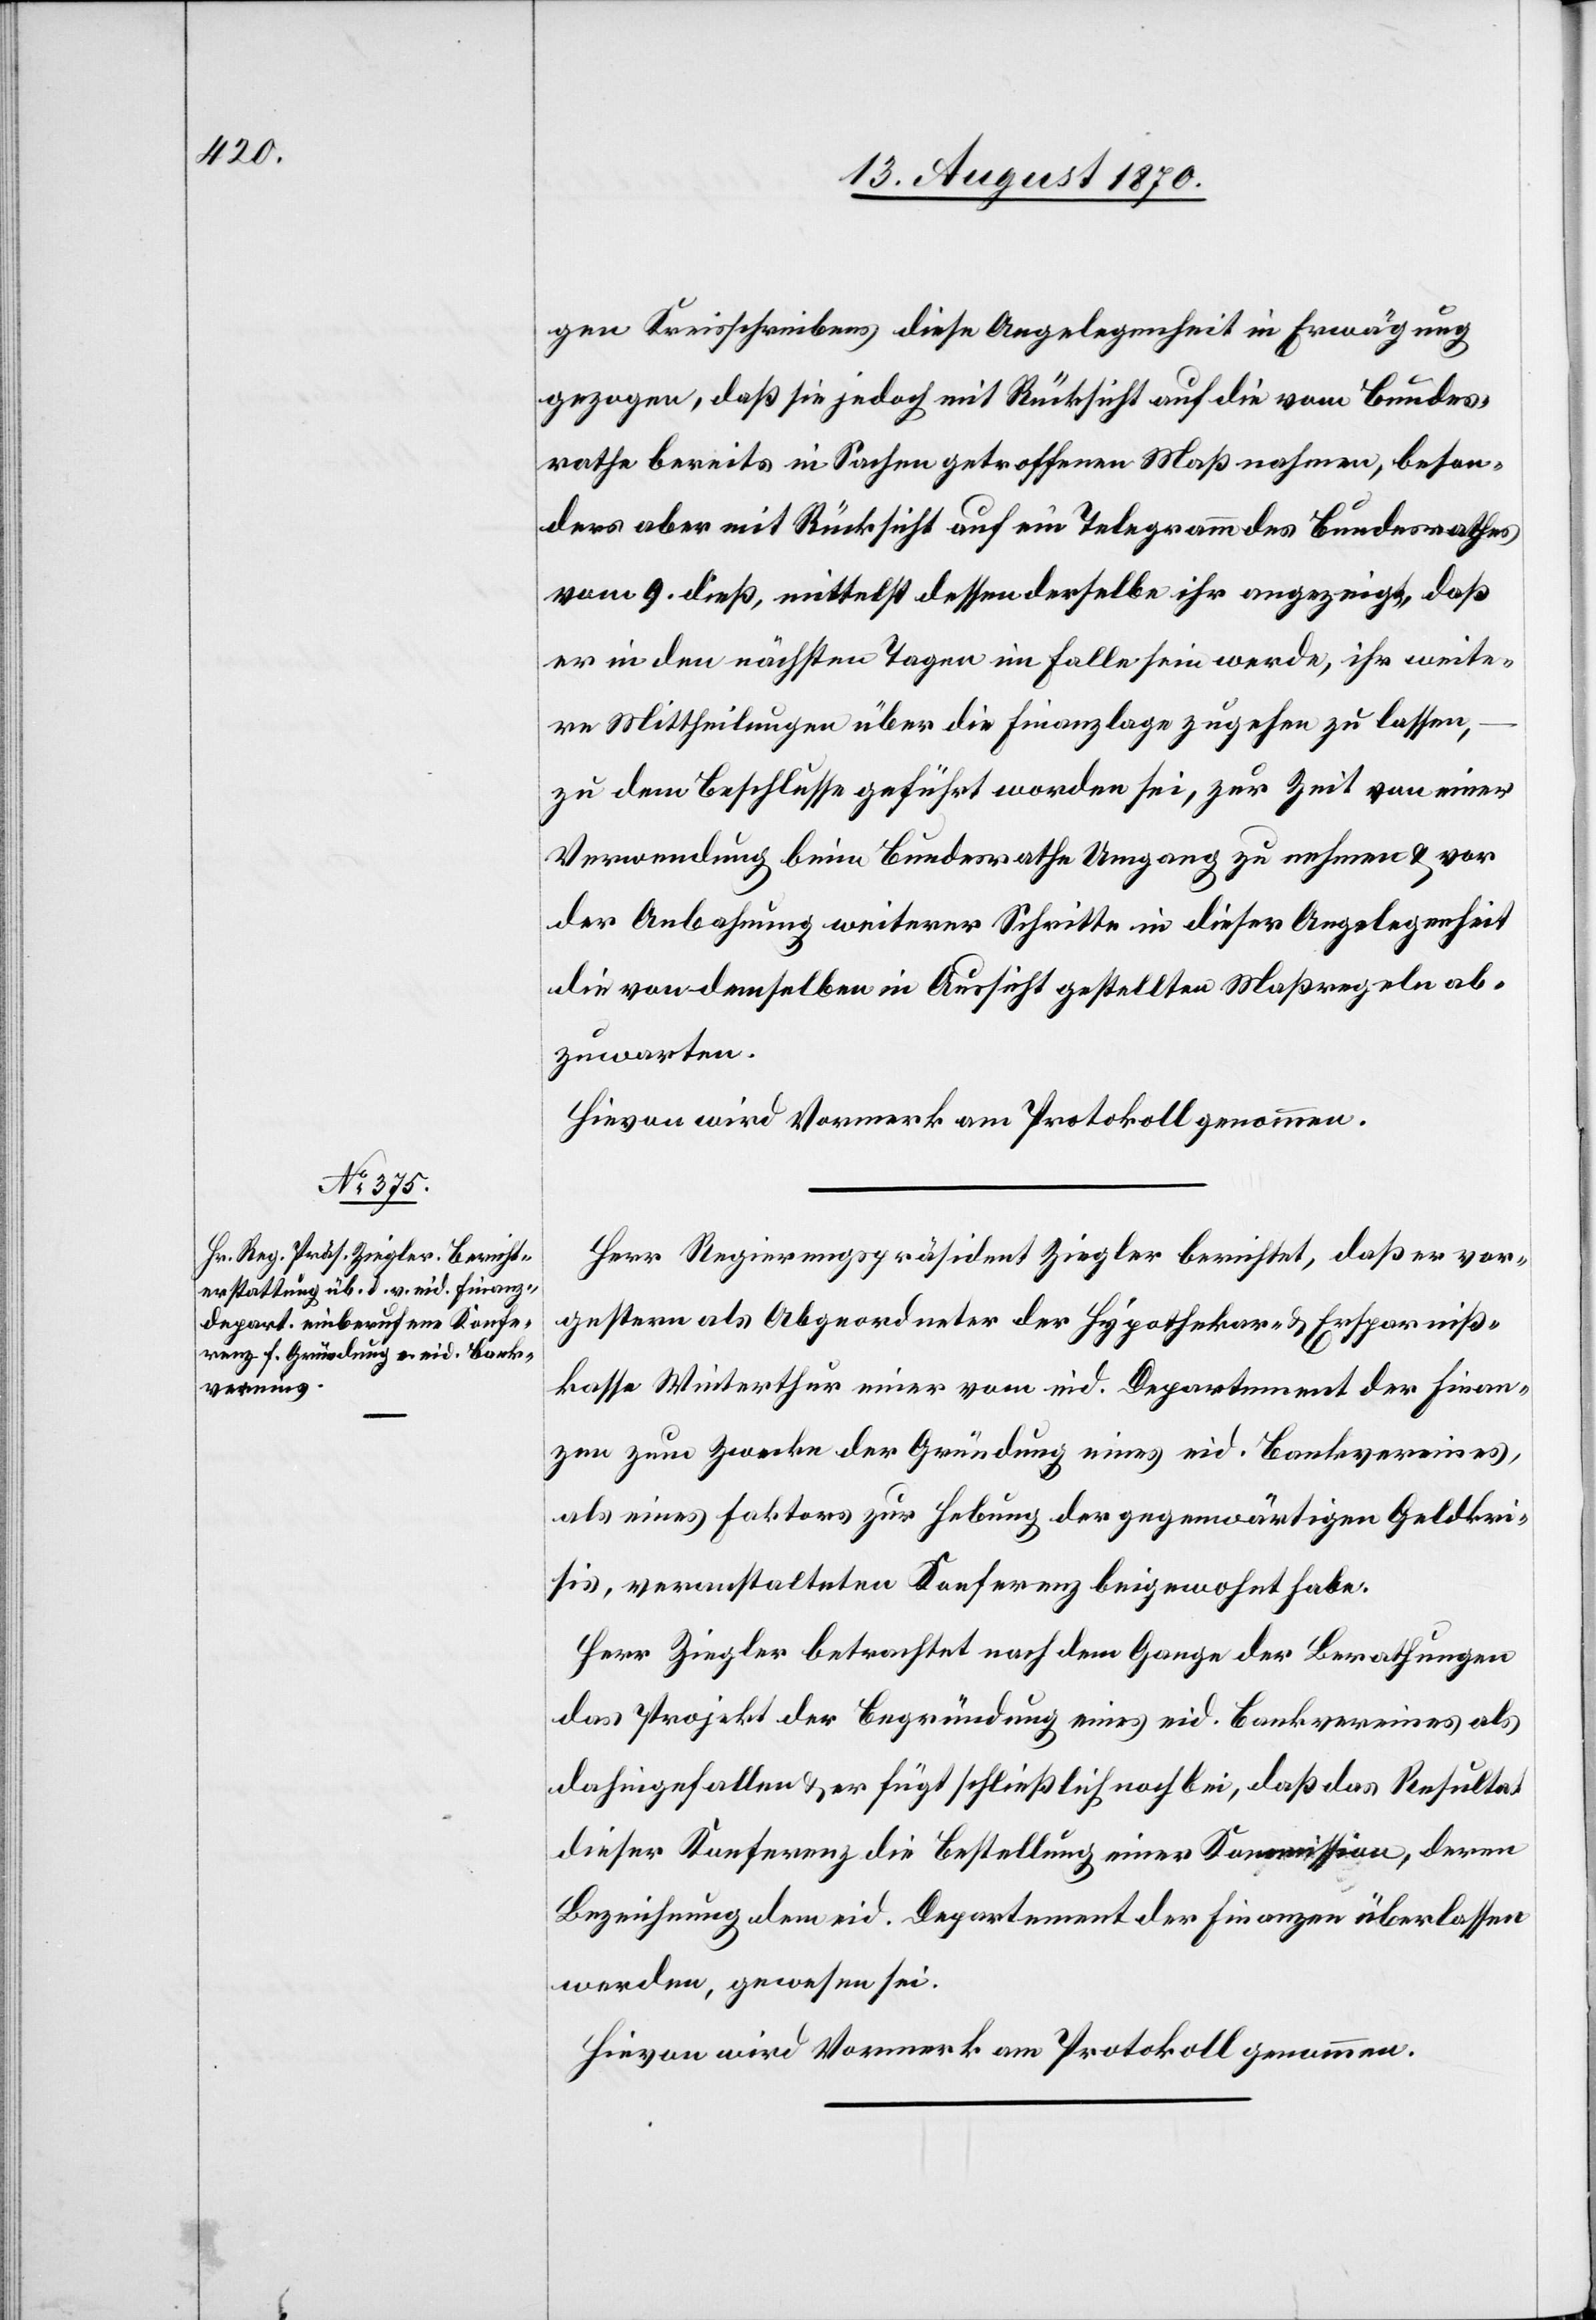
gen Kreisschreibens diese Angelegenheit in Erwägung
gezogen, daß sie jedoch mit Rücksicht auf die vom Bundes¬
rathe bereits in Sachen getroffenen Maßregeln, beson¬
ders aber mit Rücksicht auf ein Telegramm des Bundesrathes
vom 9. dieß, mittelst dessen derselbe ihr angezeigt, daß
er in den nächsten Tage im Falle sein werde, ihr weite¬
re Mittheilungen über die Finanzlage zugehen zu lassen,
zu dem Beschlusse geführt worden sei, zur Zeit von einer
Verwendung beim Bundesrathe Umgang zu nehmen & vor
der Anbahnung weiterer Schritte in dieser Angelegenheit
die von demselben in Aussicht gestellten Maßregeln ab¬
zuwarten.
Hievon wird Vormerk am Protokoll genommen.
Herr Regierungspräsident Ziegler berichtet, daß er vor¬
gestern als Abgeordneter der Hypothekar- & Ersparniß¬
kasse Winterthur einer vom eid. Departement der Finan¬
zen zum Zwecke der Gründung eines eid. Bankvereines,
als eines Faktors zur Hebung der gegenwärtigen Geldkri¬
sis, veranstalteten Konferenz beigewohnt habe.
Herr Ziegler betrachtet nach dem Gange der Berathungen
das Projekt der Begründung eines eid. Bankvereines als
dahingefallen & er fügt schließlich noch bei, daß das Resultat
dieser Konferenz die Bestellung einer Kommission, deren
Bezeichnung dem eid. Departement der Finanzen überlassen
Hievon wird Vormerk am Protokoll genommen.